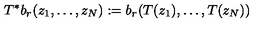
T ^ { * } b _ { r } ( z _ { 1 } , \ldots , z _ { N } ) : = b _ { r } ( T ( z _ { 1 } ) , \ldots , T ( z _ { N } ) )